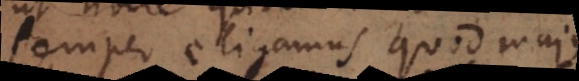
semper eligamus quod majus